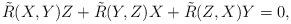
LaTeX: \begin{align*}\tilde{R}(X, Y)Z+\tilde{R}(Y, Z)X+\tilde{R}(Z, X)Y=0,\end{align*}